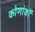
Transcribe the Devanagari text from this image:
कोणांकों